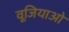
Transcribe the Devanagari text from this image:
वूजियाओ